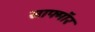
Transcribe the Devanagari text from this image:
साफ्मॉर